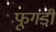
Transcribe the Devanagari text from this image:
फूगडी